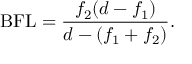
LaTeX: { \mathrm { B F L } } = { \frac { f _ { 2 } ( d - f _ { 1 } ) } { d - ( f _ { 1 } + f _ { 2 } ) } } .